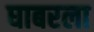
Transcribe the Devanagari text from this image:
घाबरला